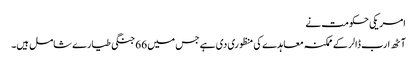
امریکی حکومت نے
آٹھ ارب ڈالر کے ممکنہ معاہدے کی منظوری دی ہے جس میں 66 جنگی طیارے شامل ہیں۔